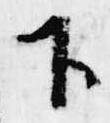
下